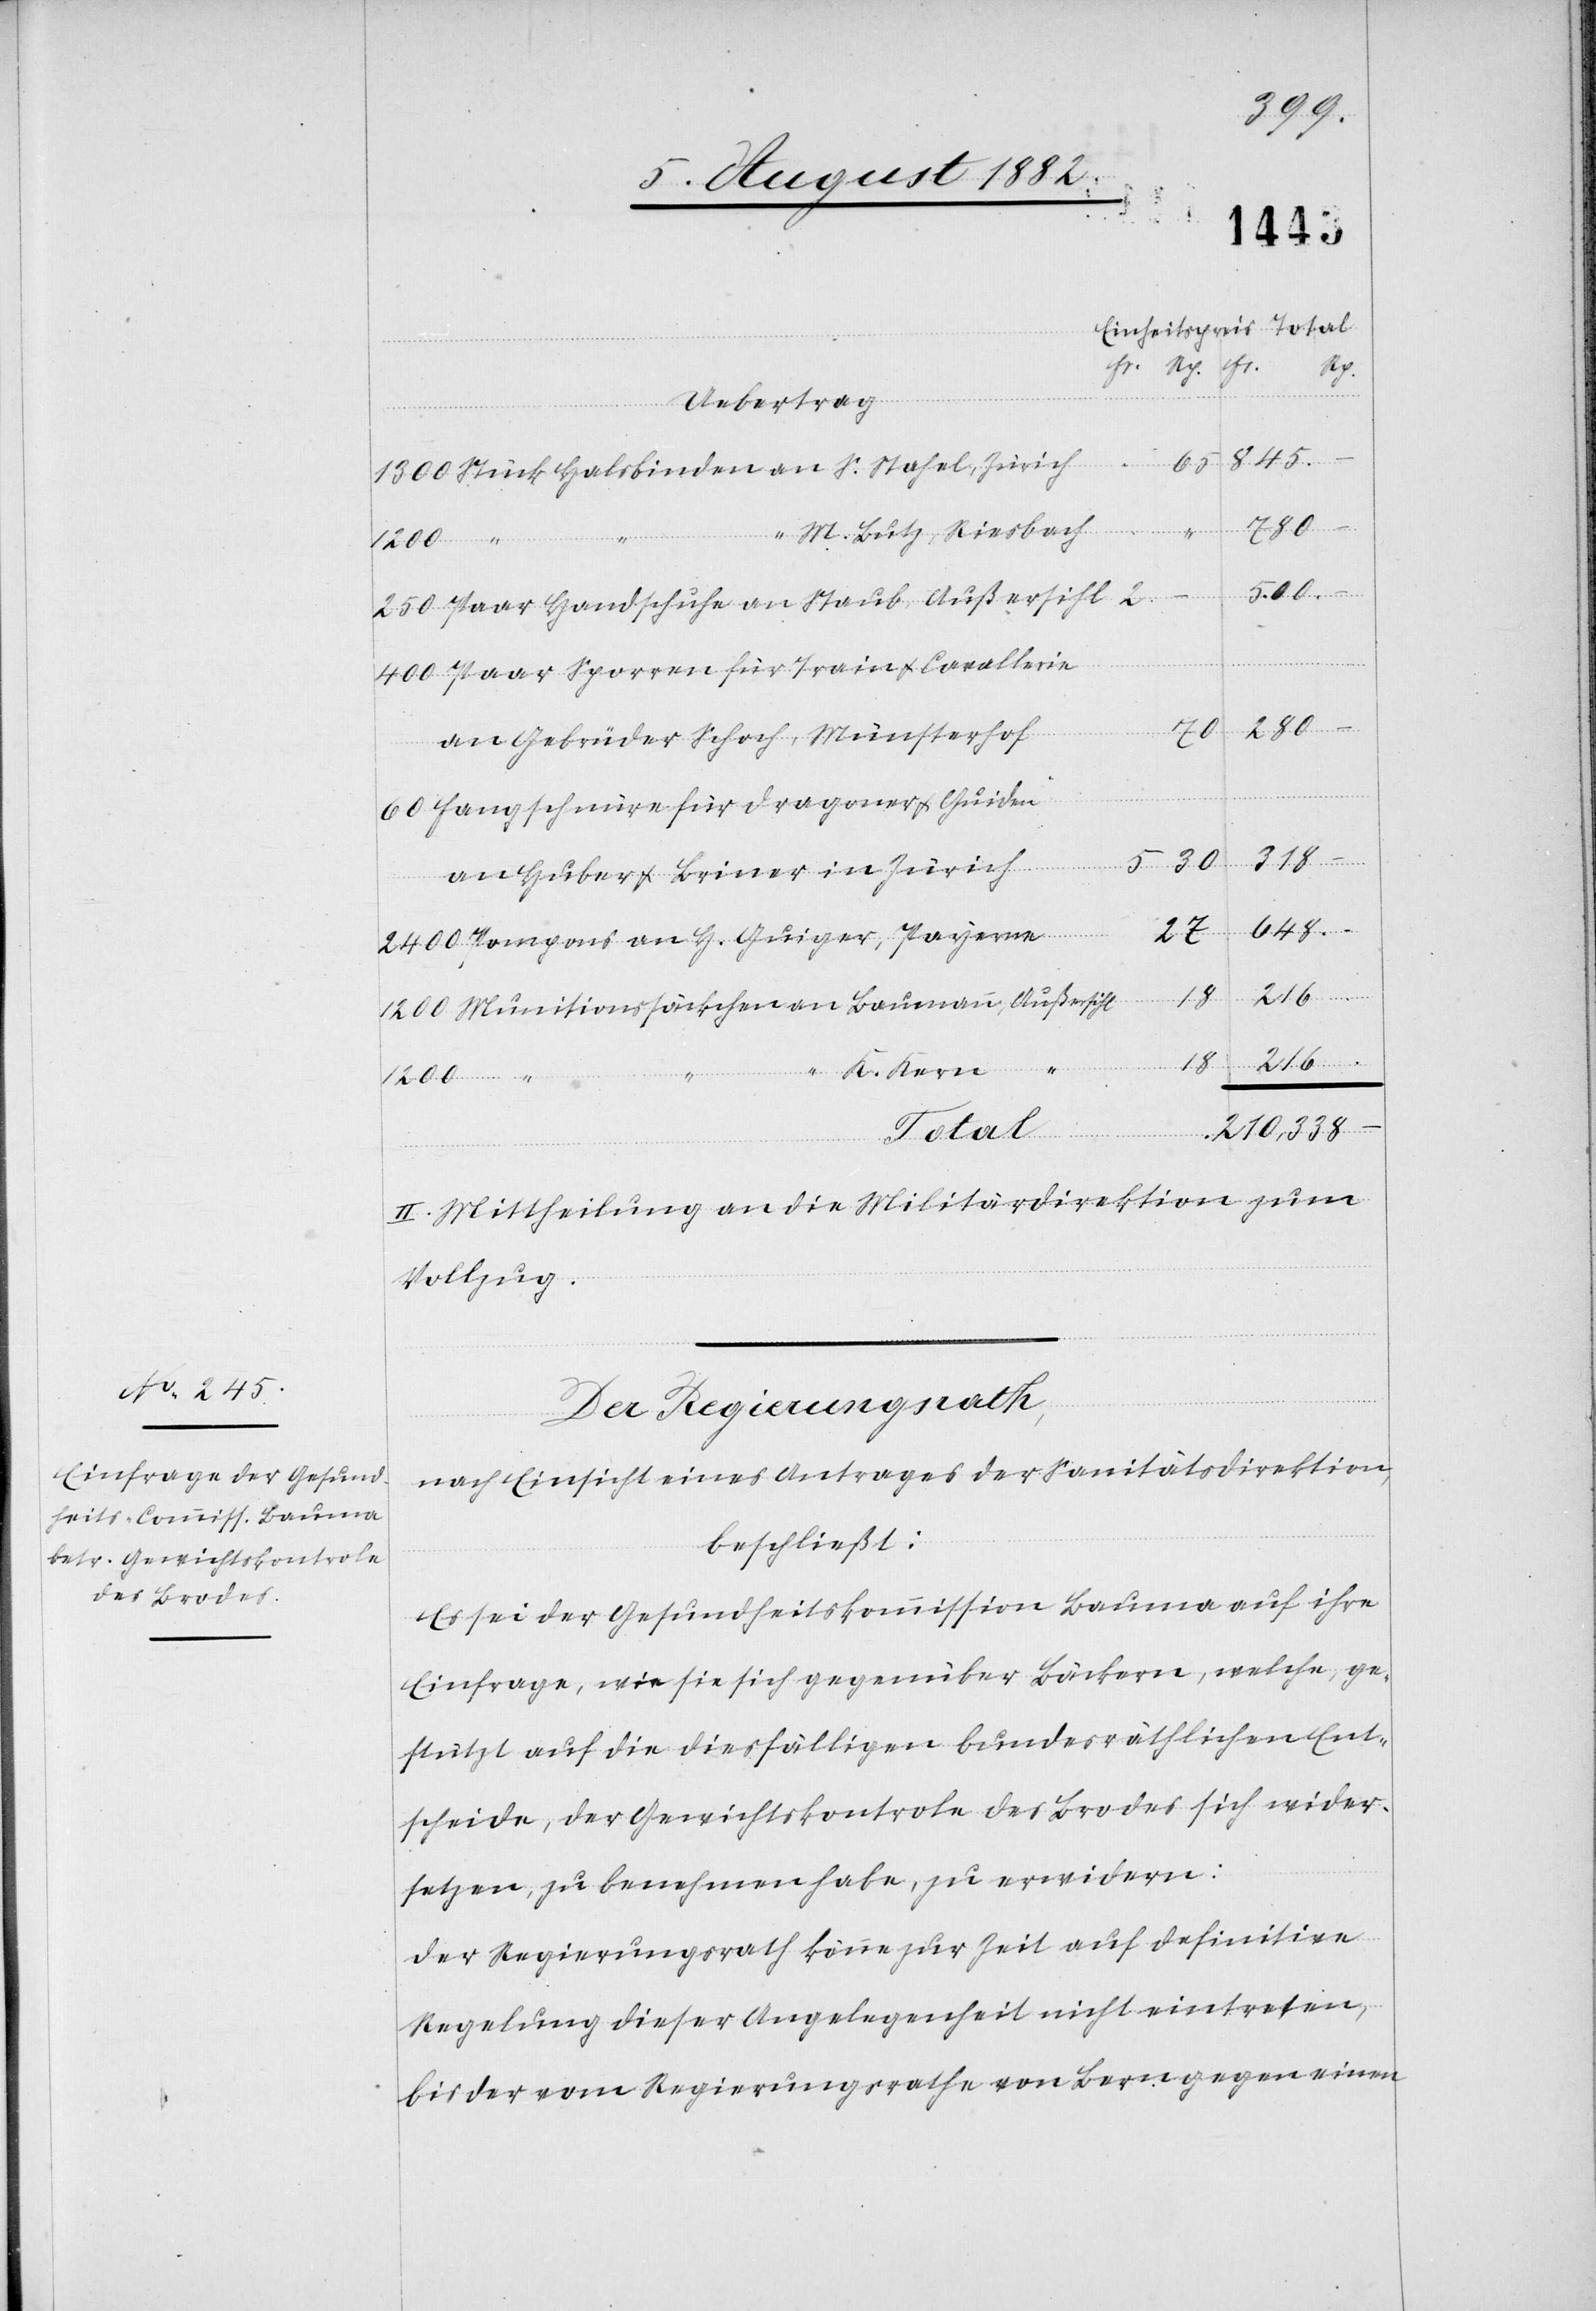
Payerne
Stück Halsbinden an S. Stahel, Zürich
Guiger,
“ M. Lutz, Riesbach
1200
Paar Handschuhe an Staub, Außersihl
Paar Sporren für Train & Cavallerie
2400
60
an Gebrüder Schoch, Münsterhof
Hangschnüre für Dragoner & Guiden
318.
an Huber & Briner in Zürich
648.
30
Munitionssäckchen an Baumann, Außersihl
216.
18
K. Kern,
an H.
210,338.
Total
II. Mittheilung an die Militärdirektion zum
Vollzug.
Der Regierungsrath,
nach Einsicht eines Antrages der Sanitätsdirektion,
beschließt:
Es sei der Gesundheitskommission Bauma auf ihre
Einfrage, wie sie sich gegenüber Bäckern, welche, ge¬
stützt auf die diesfälligen bundesräthlichen Ent¬
scheide, der Gewichtskontrole des Brodes sich wider¬
setzen, zu benehmen habe, zu erwidern:
Der Regierungsrath könne zur Zeit auf definitive
Regelung dieser Angelegenheit nicht eintreten,
bis der vom Regierungsrathe von Bern gegen einen